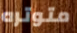
متوتره